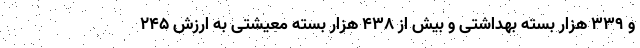
و 339 هزار بسته بهداشتی و بیش از 438 هزار بسته معیشتی به ارزش 245